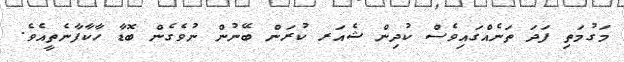
މަގުމަތި ފަދަ ތަނެއްގައިވެސް ކުދިން ޝެއަރ ކުރަން ބޭނުން ނުވެގެން ބޮޑާ ހާކާފާނެތީއެވެ.